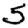
Digit: 5